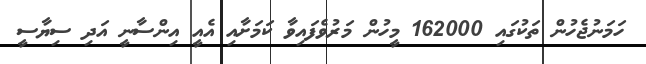
ހަމަނުޖެހުން ތަކުގައި 162000 މީހުން މަރުވެފައިވާ ކަމަށާއި އެއީ އިންސާނީ އަދި ސިޔާސީ